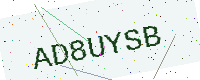
Text: AD8UYSB